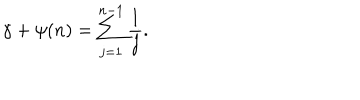
LaTeX: \gamma + \psi ( n ) = \sum _ { j = 1 } ^ { n - 1 } \frac { 1 } { j } .